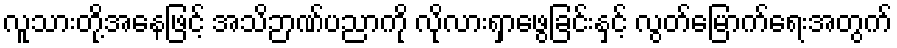
လူသားတို့အနေဖြင့် အသိဉာဏ်ပညာကို လိုလားရှာဖွေခြင်းနှင့် လွတ်မြောက်ရေးအတွက်